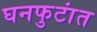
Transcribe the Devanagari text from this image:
घनफुटांत